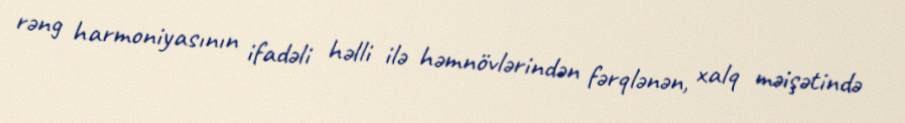
rəng harmoniyasının ifadəli həlli ilə həmnövlərindən fərqlənən, xalq məişətində